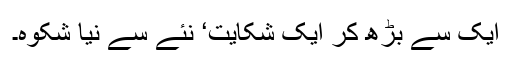
ایک سے بڑھ کر ایک شکایت‘ نئے سے نیا شکوہ۔